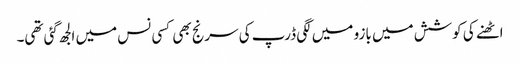
اٹھنے کی کوشش میں بازو میں لگی ڈرپ کی سرنج بھی کسی نس میں الجھ گئی تھی۔